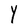
Character: Y